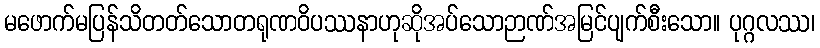
မဖောက်မပြန်သိတတ်သောတရုဏဝိပဿနာဟုဆိုအပ်သောဉာဏ်အမြင်ပျက်စီးသော။ ပုဂ္ဂလဿ၊